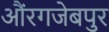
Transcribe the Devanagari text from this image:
औंरगजेबपुर